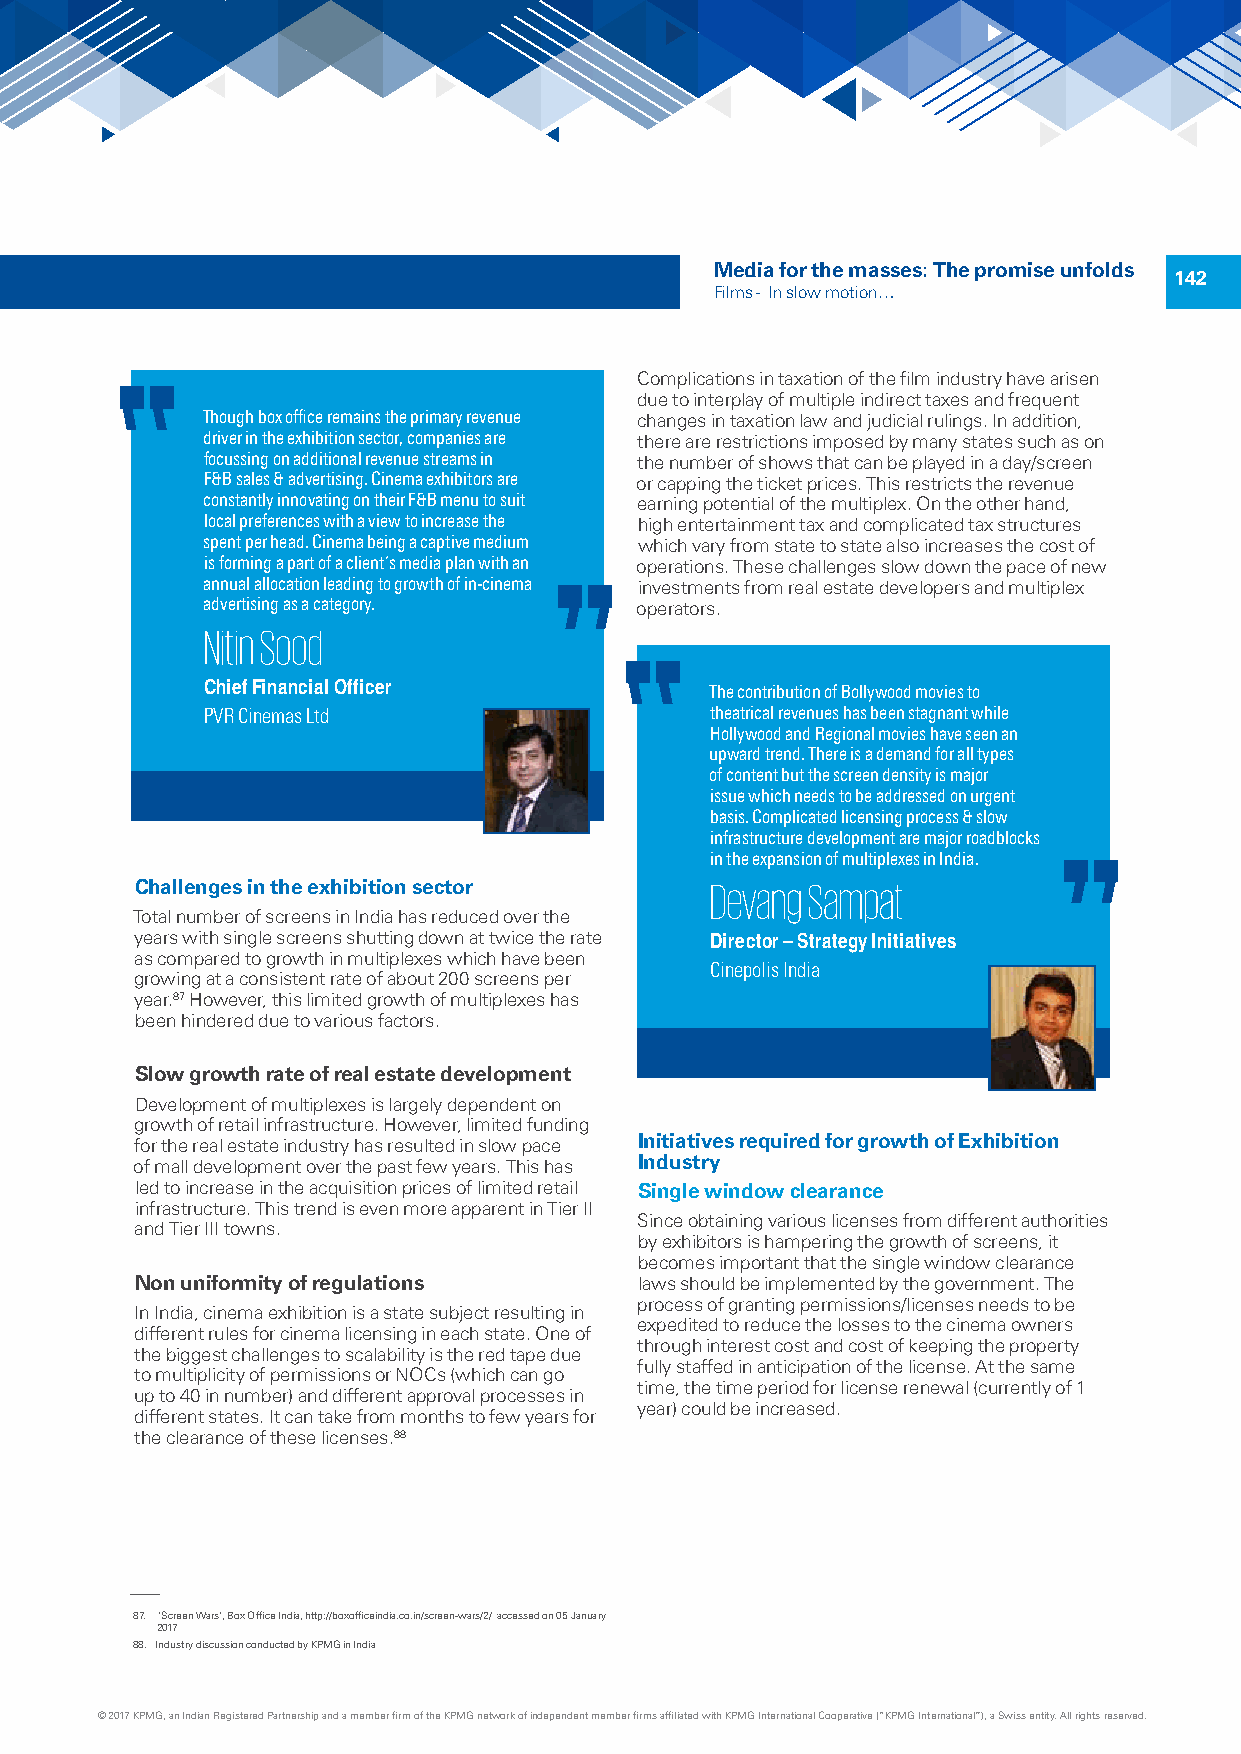
Media for the masses: The promise unfolds
 142
 Films - In slow motion…
 Complications in taxation of the film industry have arisen
 due to interplay of multiple indirect taxes and frequent
 Though box office remains the primary revenue changes in taxation law and judicial rulings. In addition,
 driver in the exhibition sector, companies are there are restrictions imposed by many states such as on
 focussing on additional revenue streams in the number of shows that can be played in a day/screen
 F&B sales & advertising. Cinema exhibitors are or capping the ticket prices. This restricts the revenue
 constantly innovating on their F&B menu to suit earning potential of the multiplex. On the other hand,
 local preferences with a view to increase the high entertainment tax and complicated tax structures
 spent per head. Cinema being a captive medium which vary from state to state also increases the cost of
 is forming a part of a client’s media plan with an operations. These challenges slow down the pace of new
 annual allocation leading to growth of in-cinema investments from real estate developers and multiplex
 advertising as a category.   operators.
 Nitin Sood
 Chief Financial Officer          The contribution of Bollywood movies to
 PVR Cinemas Ltd                  theatrical revenues has been stagnant while
 Hollywood and Regional movies have seen an
 upward trend. There is a demand for all types
 of content but the screen density is major
 issue which needs to be addressed on urgent
 basis. Complicated licensing process & slow
 infrastructure development are major roadblocks
 in the expansion of multiplexes in India.
 Challenges in the exhibition sector   Devang Sampat
 Total number of screens in India has reduced over the
 years with single screens shutting down at twice the rate Director – Strategy Initiatives
 as compared to growth in multiplexes which have been
 Cinepolis India
 growing at a consistent rate of about 200 screens per
 year.87 However, this limited growth of multiplexes has
 been hindered due to various factors.
 Slow growth rate of real estate development
 Development of multiplexes is largely dependent on
 growth of retail infrastructure. However, limited funding
 Initiatives required for growth of Exhibition
 for the real estate industry has resulted in slow pace
 Industry
 of mall development over the past few years. This has
 led to increase in the acquisition prices of limited retail Single window clearance
 infrastructure. This trend is even more apparent in Tier II
 Since obtaining various licenses from different authorities
 and Tier III towns.
 by exhibitors is hampering the growth of screens, it
 becomes important that the single window clearance
 Non uniformity of regulations    laws should be implemented by the government. The
 process of granting permissions/licenses needs to be
 In India, cinema exhibition is a state subject resulting in
 expedited to reduce the losses to the cinema owners
 different rules for cinema licensing in each state. One of
 through interest cost and cost of keeping the property
 the biggest challenges to scalability is the red tape due
 fully staffed in anticipation of the license. At the same
 to multiplicity of permissions or NOCs (which can go
 time, the time period for license renewal (currently of 1
 up to 40 in number) and different approval processes in
 year) could be increased.
 different states. It can take from months to few years for
 the clearance of these licenses.88
 87. ‘Screen Wars’, Box Office India, http://boxofficeindia.co.in/screen-wars/2/ accessed on 05 January
 2017
 88. Industry discussion conducted by KPMG in India
 © 2017 KPMG, an Indian Registered Partnership and a member firm of the KPMG network of independent member firms affiliated with KPMG International Cooperative (“KPMG International”), a Swiss entity. All rights reserved.